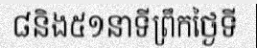
៨និង៥១នាទីព្រឹកថ្ងៃទី